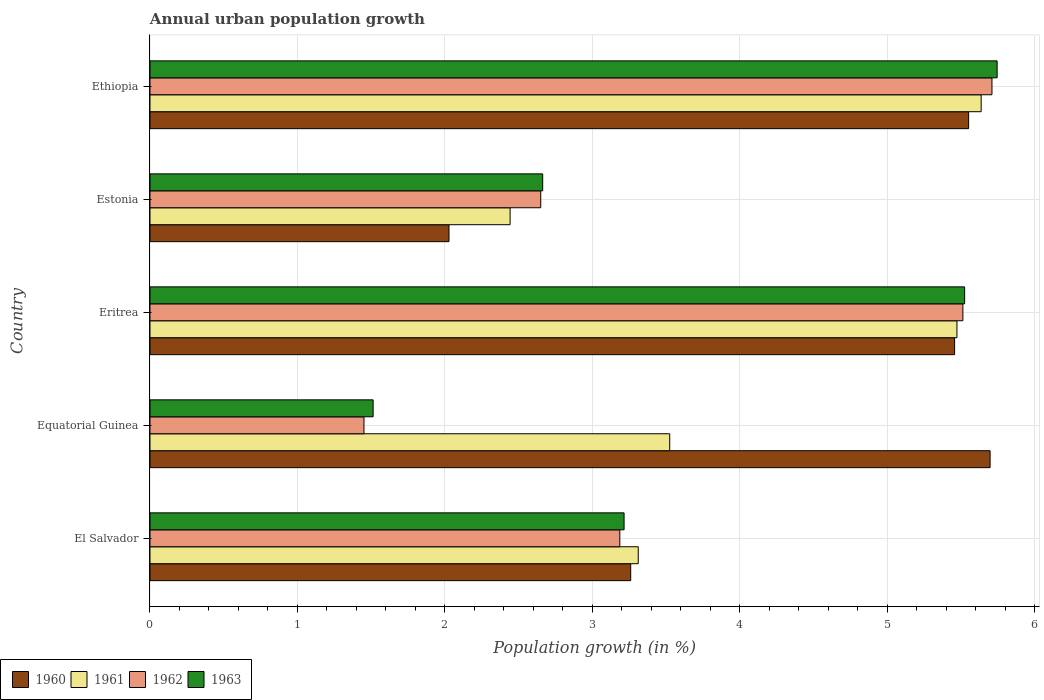
| Country | 1960 | 1961 | 1962 | 1963 |
 | --- | --- | --- | --- | --- |
 | El Salvador | 3.26 | 3.31 | 3.19 | 3.22 |
 | Equatorial Guinea | 5.7 | 3.53 | 1.45 | 1.51 |
 | Eritrea | 5.46 | 5.47 | 5.51 | 5.53 |
 | Estonia | 2.03 | 2.44 | 2.65 | 2.66 |
 | Ethiopia | 5.55 | 5.64 | 5.71 | 5.75 |